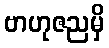
ဗာဟုဇညမှိ